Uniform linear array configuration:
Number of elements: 16
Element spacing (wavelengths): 1
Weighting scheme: blackman
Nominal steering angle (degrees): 15
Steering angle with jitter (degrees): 14.516
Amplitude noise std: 0.05
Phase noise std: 0.05

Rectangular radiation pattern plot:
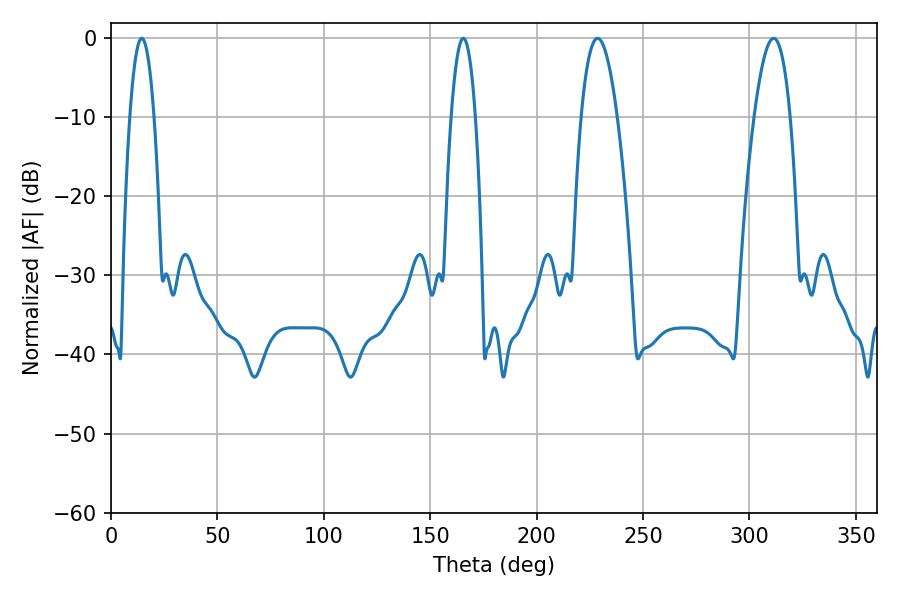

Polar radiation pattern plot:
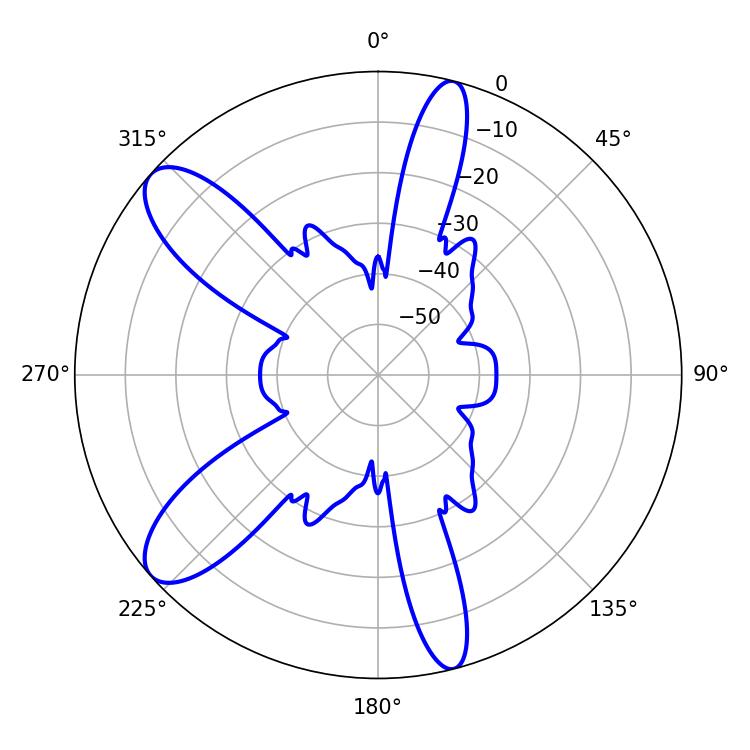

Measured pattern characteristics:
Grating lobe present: TRUE
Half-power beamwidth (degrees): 9.18
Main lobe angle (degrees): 228.6